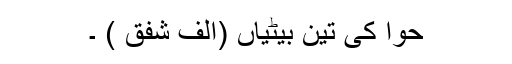
حوا کی تین بیٹیاں (الف شفق ) ۔